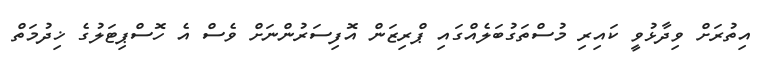
އިތުރަށް ވިދާޅުވީ ކައިރި މުސްތަގުބަލެއްގައި ޕްރިޒަން އޮފިސަރުންނަށް ވެސް އެ ހޮސްޕިޓަލުގެ ޚިދުމަތް